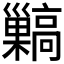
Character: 𩫥